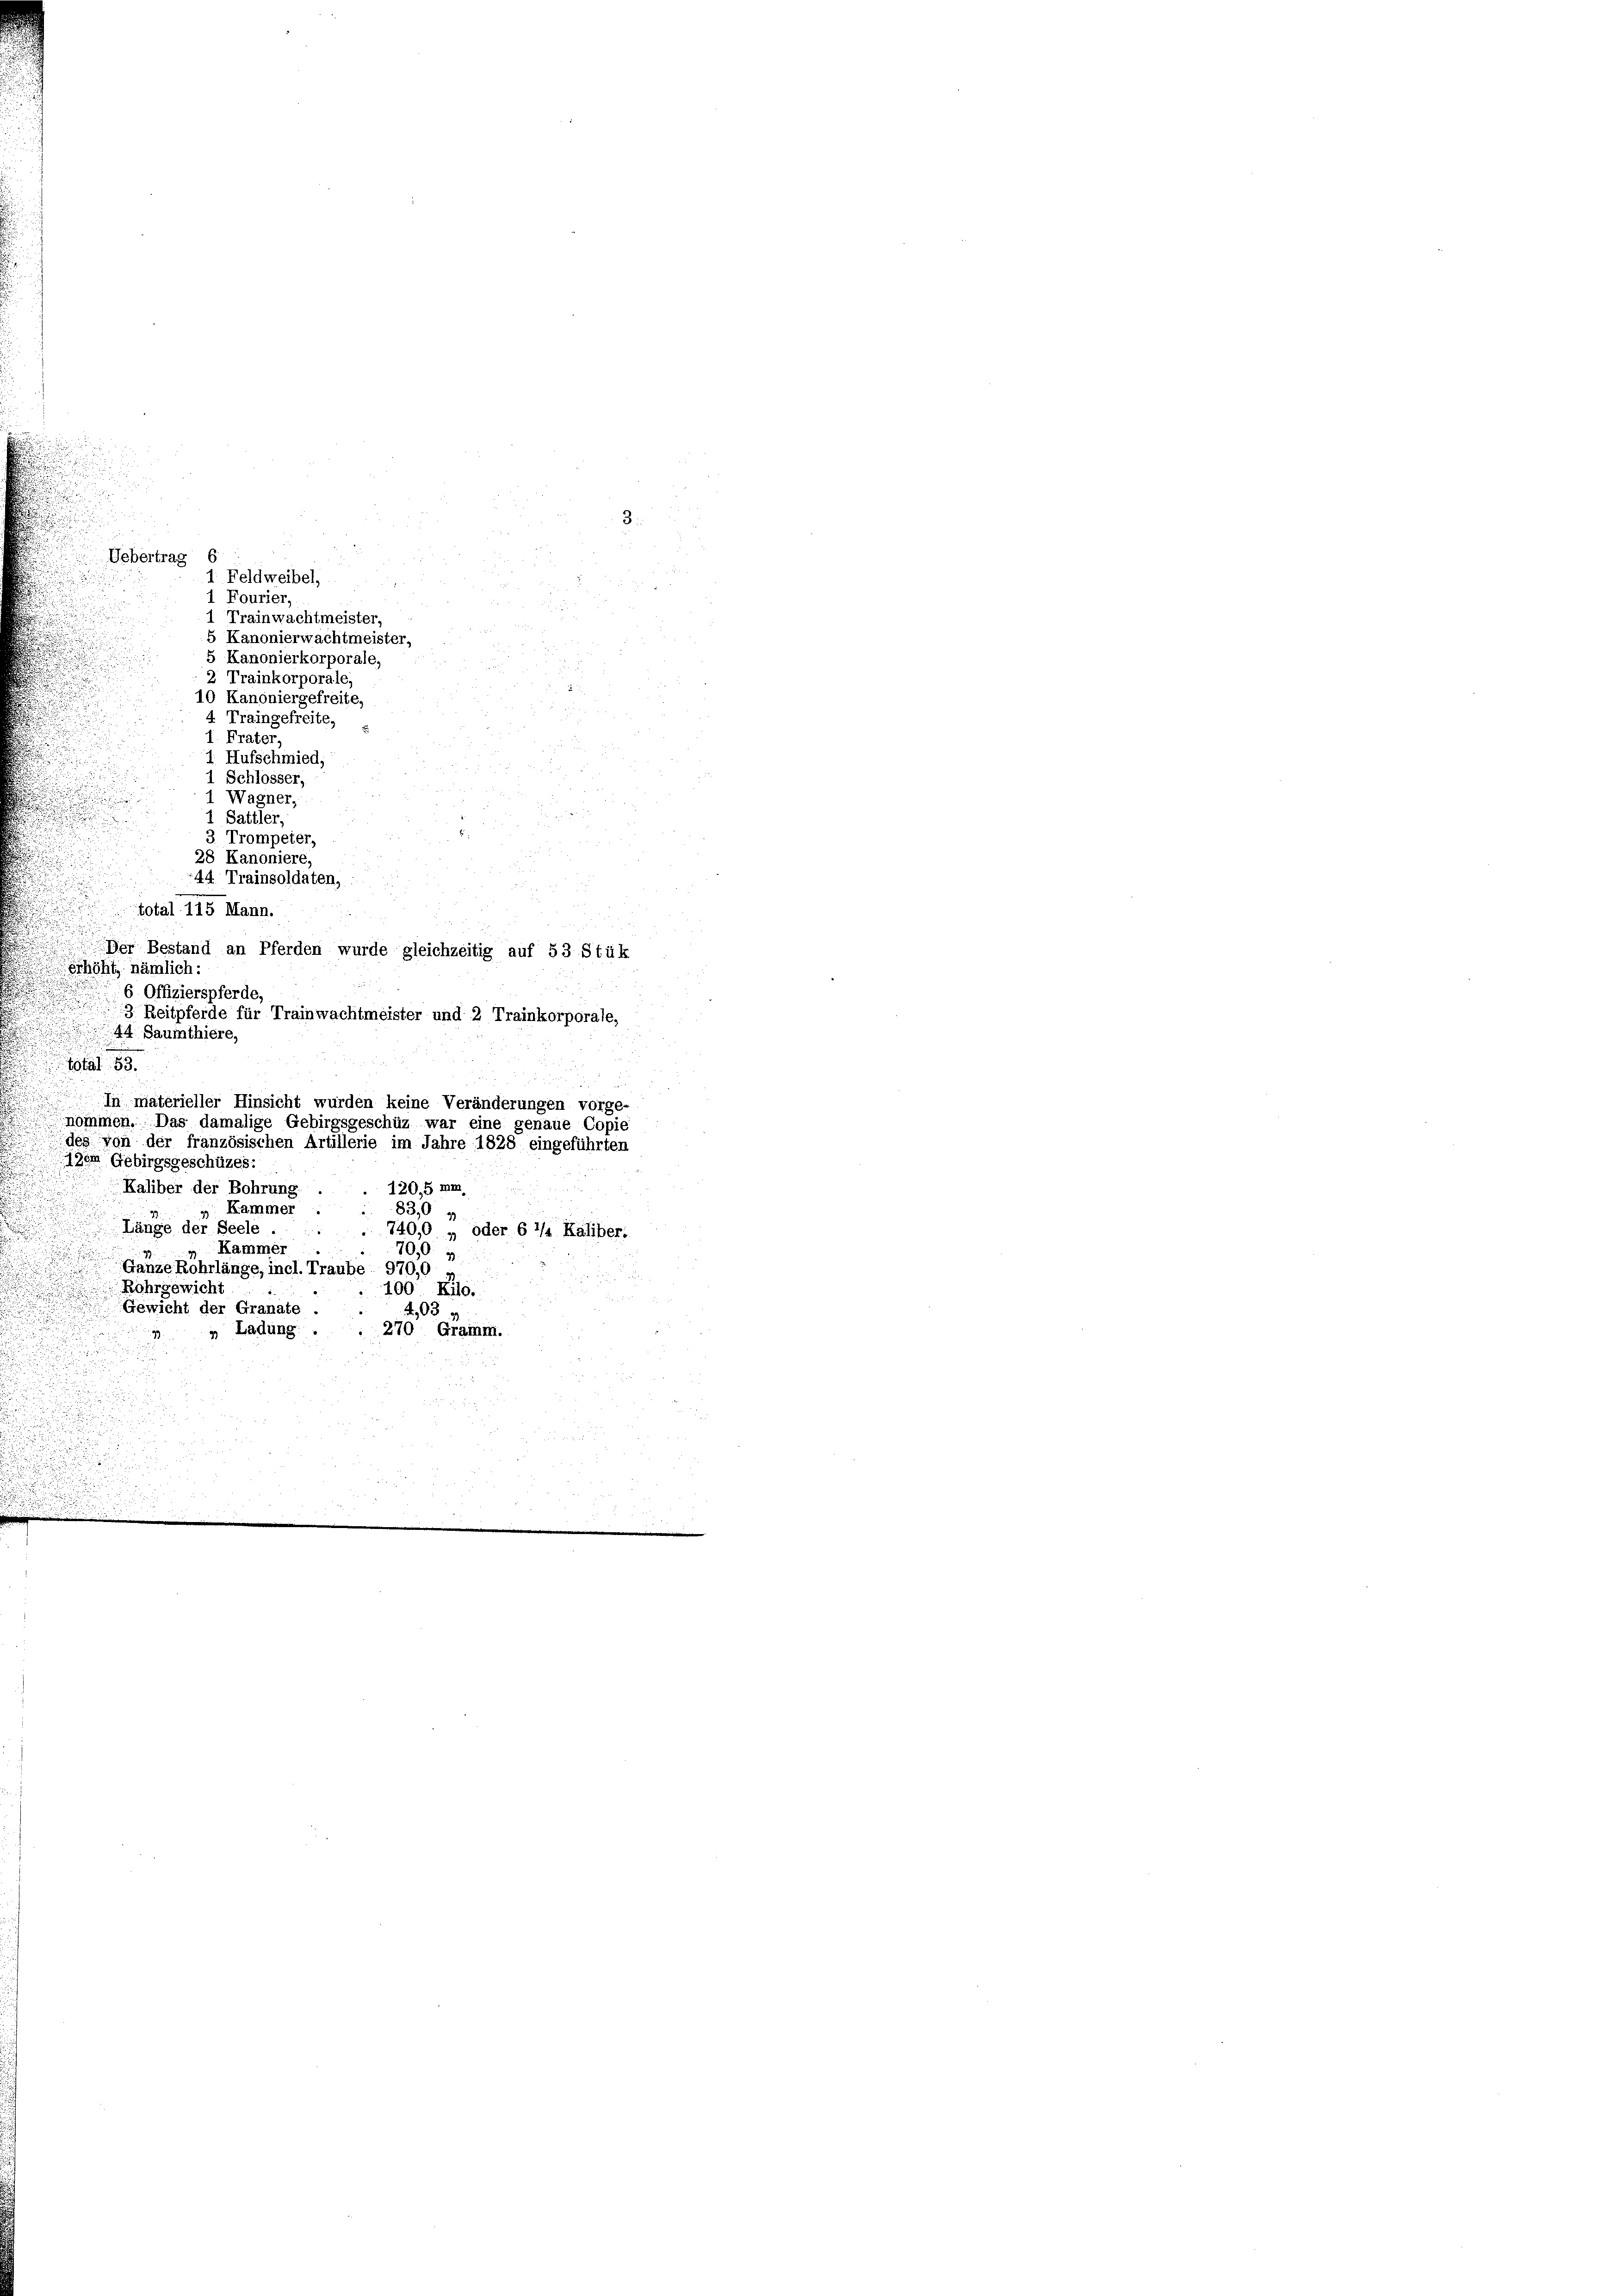
1. Frater,
1. Hufschmied,
1 Schlosser,
1 Wagner,
1 Sattler,
3 Trompeter,
28 Kanoniere,
44. Trainsoldaten,
total 115 Mann.
Der Bestand an Pferden wurde gleichzeitig auf 53 Stük
erhöht, nämlich:
6 Offizierspferde,
3 Reitpferde für Trainwachtmeister und 2 Trainkorporale,
44 Saumthiere,
total 53.
In materieller Hinsicht wurden keine Veränderungen vorge-
nommen. Das damalige Gebirgsgeschüz war eine genaue Copie
des von der französischen Artillerie im Jahre 1828 eingeführten
120m Gebirgsgeschüzes:
120,5 mm,
Kaliber der Bohrung.
 Kammer
83,0 4
 Länge der Seele.
740,0 , oder 6 1/2 Kaliber.
Kammer ..
700. v.
 Ganze Röhrlänge, incl. Traube 970,0
.
Rohrgewicht
100 Ro.
Gewicht der Granate .
4,03
270 Gramm.
„ Ladung .

u

Uebertrag C
1. Feldweibel,
1 Fourier,
1 Trainwachtmeister,
5 Kanonierwachtmeister,
5 Kanonierkorporale,
2 Trainkorporale,
10 Kanoniergefreite,
4. Traingefreite,